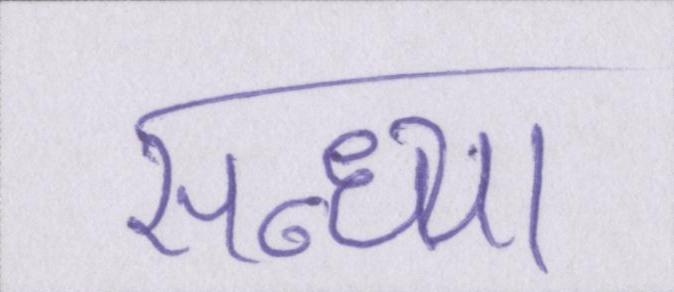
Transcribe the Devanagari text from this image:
सन्ध्या